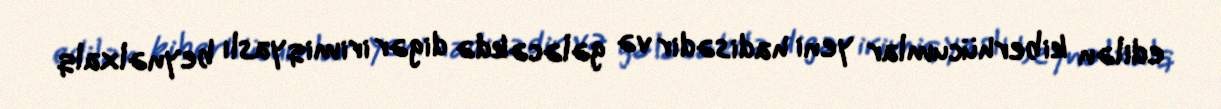
edilən kiberhücumlar yeni hadisədir və gələcəkdə digər irimiqyaslı beynəlxalq